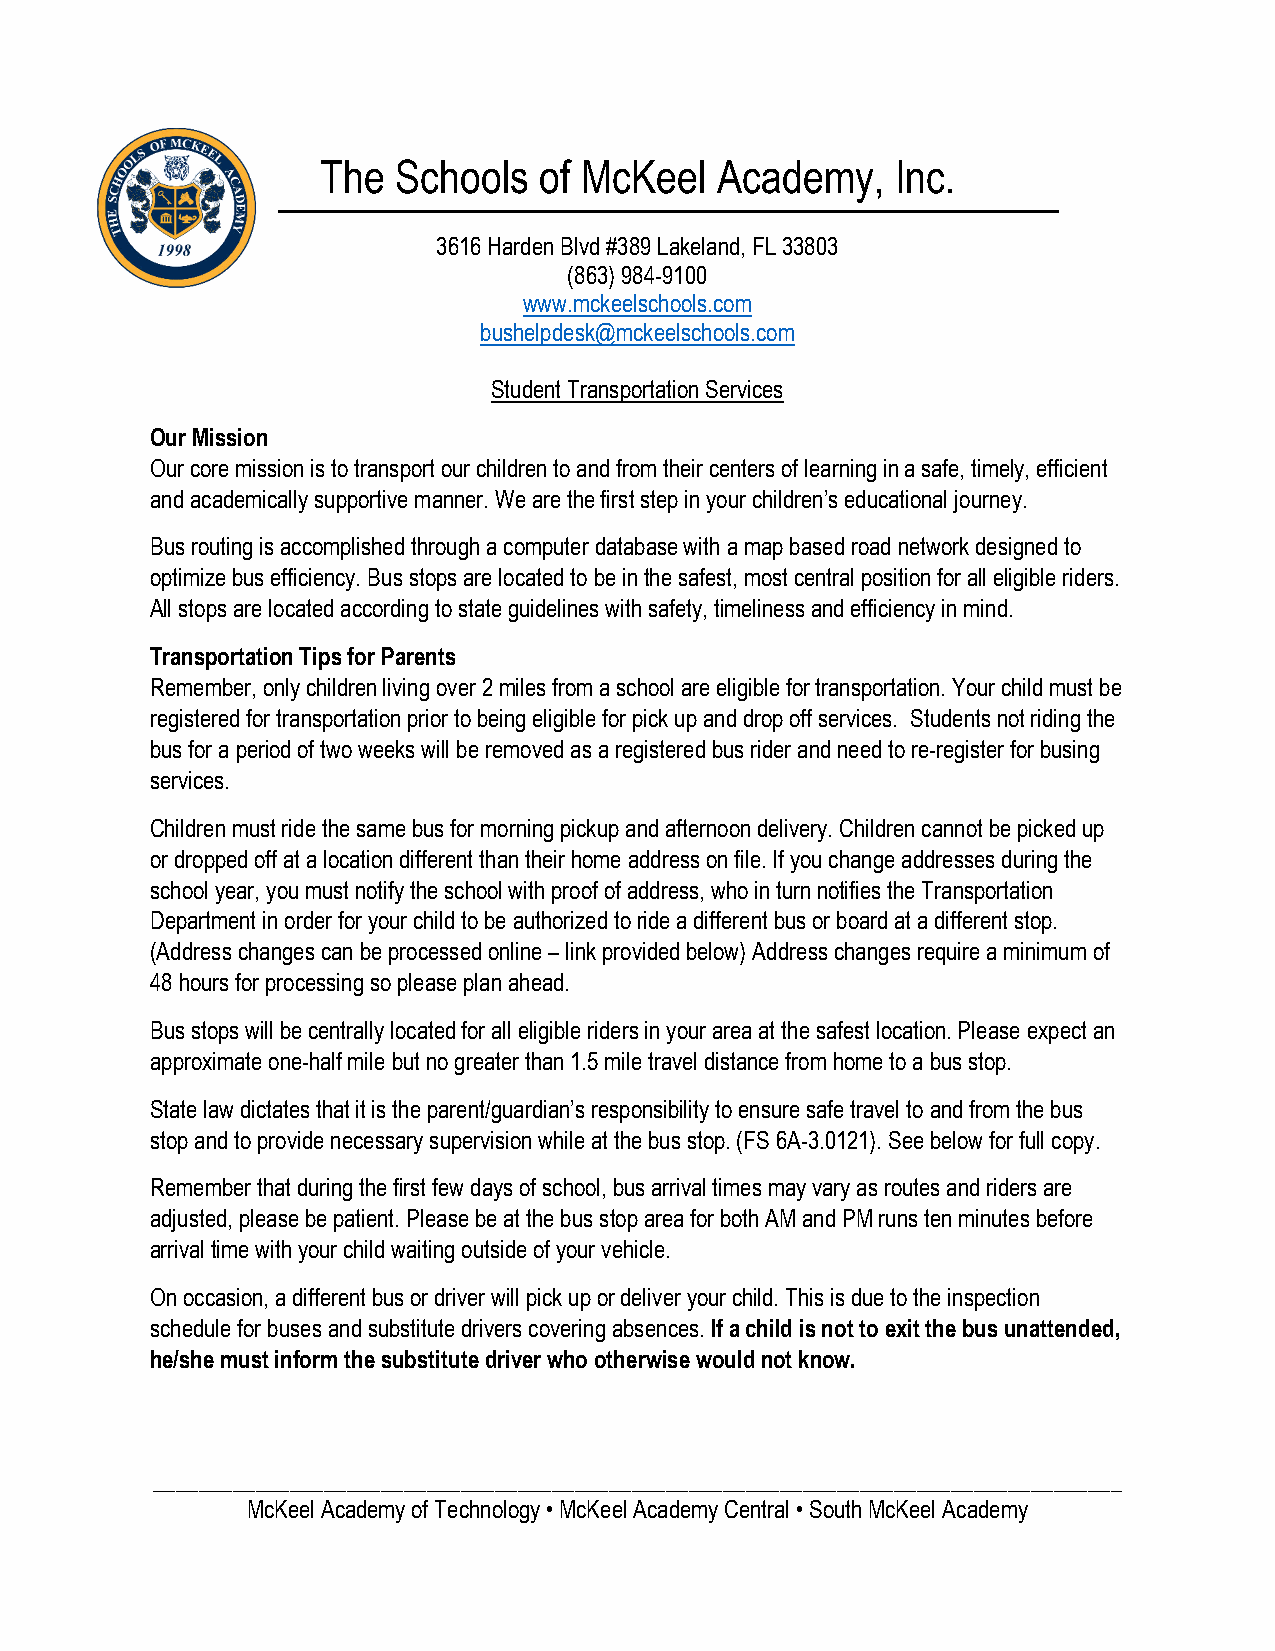
The  Schools   of McKeel  Academy,    Inc.
 3616 Harden Blvd #389 Lakeland, FL 33803
 (863) 984-9100
 www.mckeelschools.com
 bushelpdesk@mckeelschools.com
 Student Transportation Services
 Our Mission
 Our core mission is to transport our children to and from their centers of learning in a safe, timely, efficient
 and academically supportive manner. We are the first step in your children’s educational journey.
 Bus routing is accomplished through a computer database with a map based road network designed to
 optimize bus efficiency. Bus stops are located to be in the safest, most central position for all eligible riders.
 All stops are located according to state guidelines with safety, timeliness and efficiency in mind.
 Transportation Tips for Parents
 Remember, only children living over 2 miles from a school are eligible for transportation. Your child must be
 registered for transportation prior to being eligible for pick up and drop off services. Students not riding the
 bus for a period of two weeks will be removed as a registered bus rider and need to re-register for busing
 services.
 Children must ride the same bus for morning pickup and afternoon delivery. Children cannot be picked up
 or dropped off at a location different than their home address on file. If you change addresses during the
 school year, you must notify the school with proof of address, who in turn notifies the Transportation
 Department in order for your child to be authorized to ride a different bus or board at a different stop.
 (Address changes can be processed online – link provided below) Address changes require a minimum of
 48 hours for processing so please plan ahead.
 Bus stops will be centrally located for all eligible riders in your area at the safest location. Please expect an
 approximate one-half mile but no greater than 1.5 mile travel distance from home to a bus stop.
 State law dictates that it is the parent/guardian’s responsibility to ensure safe travel to and from the bus
 stop and to provide necessary supervision while at the bus stop. (FS 6A-3.0121). See below for full copy.
 Remember that during the first few days of school, bus arrival times may vary as routes and riders are
 adjusted, please be patient. Please be at the bus stop area for both AM and PM runs ten minutes before
 arrival time with your child waiting outside of your vehicle.
 On occasion, a different bus or driver will pick up or deliver your child. This is due to the inspection
 schedule for buses and substitute drivers covering absences. If a child is not to exit the bus unattended,
 he/she must inform the substitute driver who otherwise would not know.
 _____________________________________________________________________________________
 McKeel Academy of Technology • McKeel Academy Central • South McKeel Academy